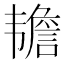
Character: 𬰷